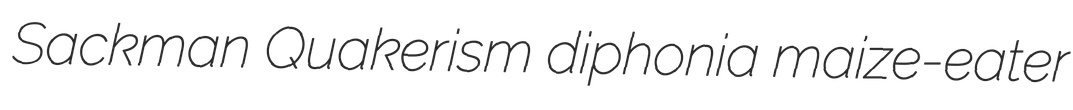
Sackman Quakerism diphonia maize-eater